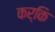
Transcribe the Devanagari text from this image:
कर्कि